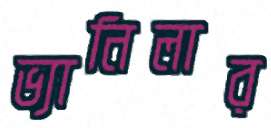
ভ্যানিলার